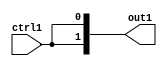
`timescale 1ps / 1ps

// Generated by Cadence Genus(TM) Synthesis Solution 17.11-s014_1
// Generated on: Apr 12 2022 14:46:16 CST (Apr 12 2022 06:46:16 UTC)

module GaussFilter_N_Mux_2_2_2_4(ctrl1, out1);
  input ctrl1;
  output [1:0] out1;
  wire ctrl1;
  wire [1:0] out1;
  assign out1[0] = ctrl1;
  assign out1[1] = ctrl1;
endmodule